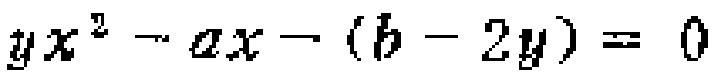
\(yx^{2}-ax-(b - 2y)=0\)